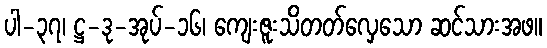
ပါ-၃၇၊ ဋ္ဌ-ဒု-အုပ်-၁၆၊ ကျေးဇူးသိတတ်လှေသော ဆင်သားအဖ။